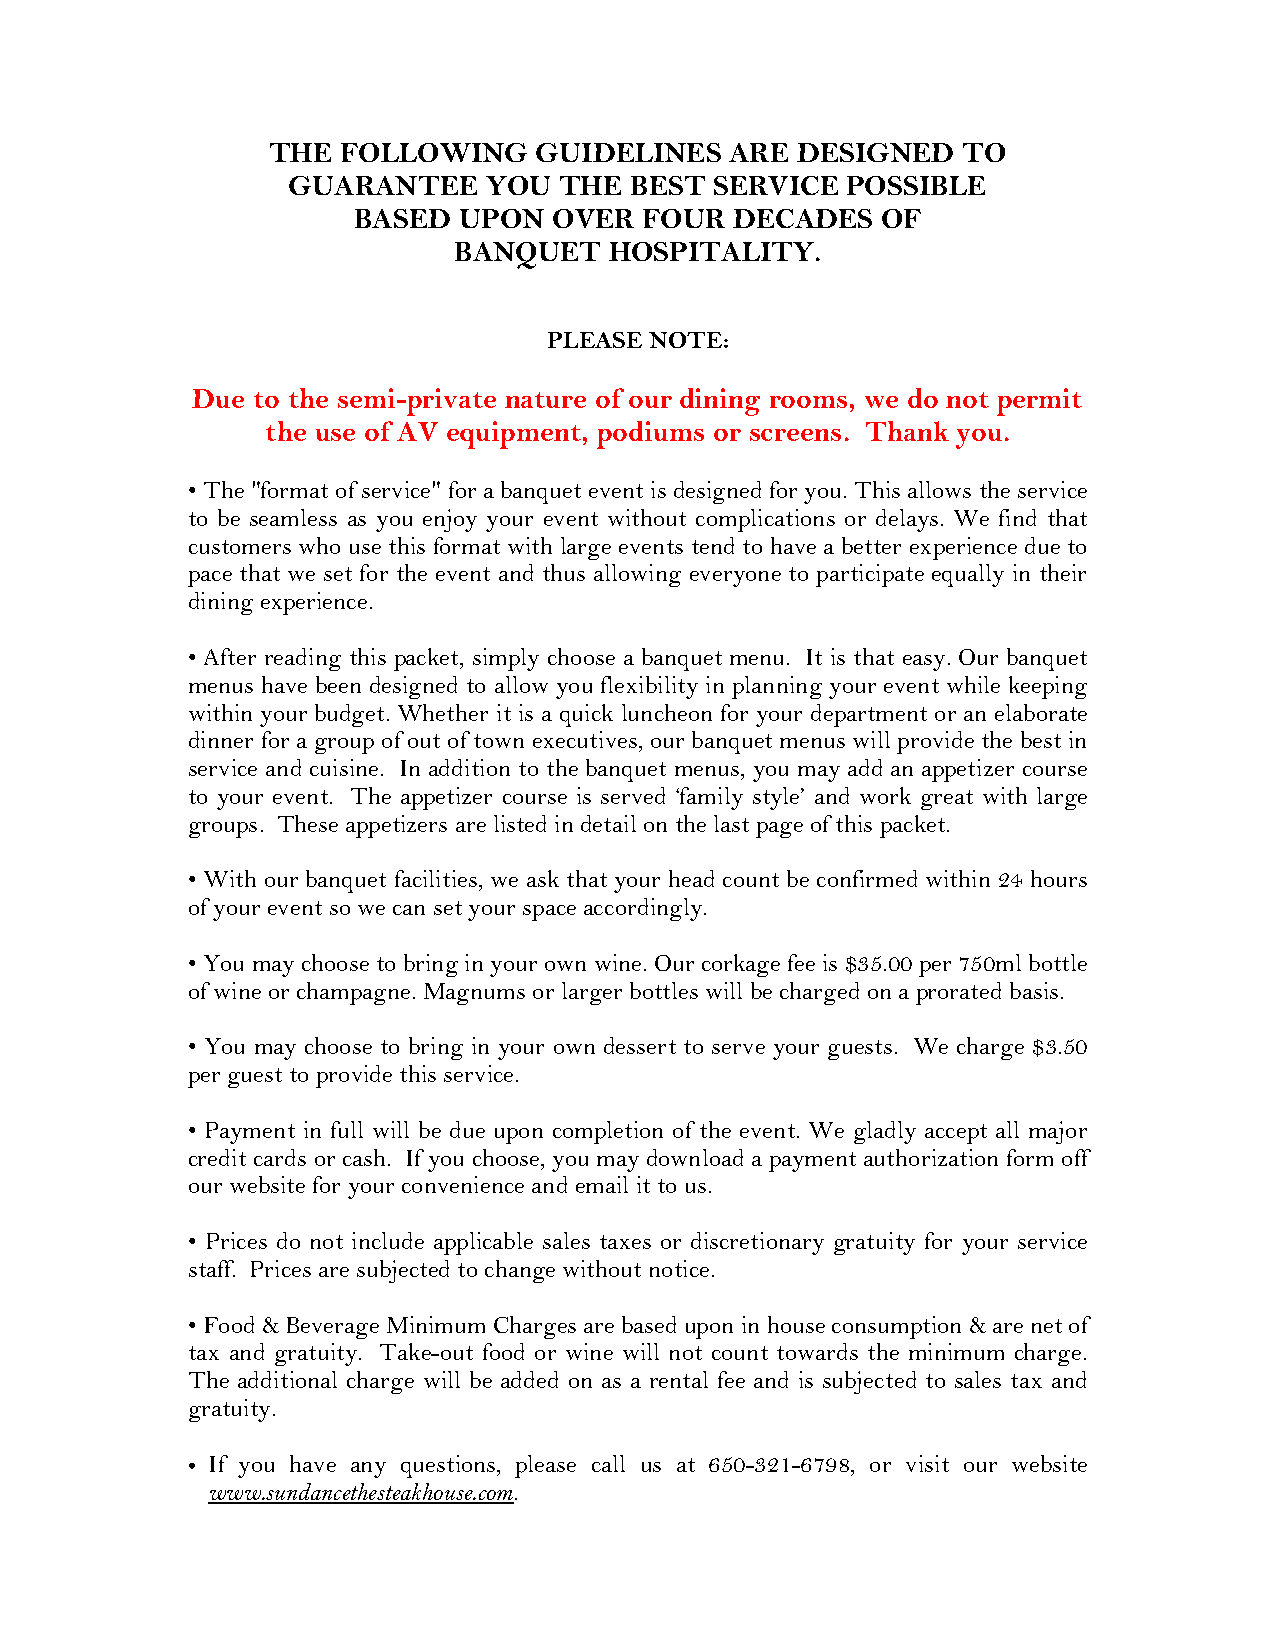
THE  FOLLOWING   GUIDELINES   ARE  DESIGNED   TO
 GUARANTEE    YOU  THE  BEST SERVICE  POSSIBLE
 BASED  UPON   OVER  FOUR  DECADES  OF
 BANQUET   HOSPITALITY.
 PLEASE NOTE:
 Due to the semi-private nature of our dining rooms, we do not permit
 the use of AV equipment, podiums or screens. Thank you.
 • The "format of service" for a banquet event is designed for you. This allows the service
 to be seamless as you enjoy your event without complications or delays. We find that
 customers who use this format with large events tend to have a better experience due to
 pace that we set for the event and thus allowing everyone to participate equally in their
 dining experience.
 • After reading this packet, simply choose a banquet menu. It is that easy. Our banquet
 menus have been designed to allow you flexibility in planning your event while keeping
 within your budget. Whether it is a quick luncheon for your department or an elaborate
 dinner for a group of out of town executives, our banquet menus will provide the best in
 service and cuisine. In addition to the banquet menus, you may add an appetizer course
 to your event. The appetizer course is served ‘family style’ and work great with large
 groups. These appetizers are listed in detail on the last page of this packet.
 • With our banquet facilities, we ask that your head count be confirmed within 24 hours
 of your event so we can set your space accordingly.
 • You may choose to bring in your own wine. Our corkage fee is $35.00 per 750ml bottle
 of wine or champagne. Magnums or larger bottles will be charged on a prorated basis.
 • You may choose to bring in your own dessert to serve your guests. We charge $3.50
 per guest to provide this service.
 • Payment in full will be due upon completion of the event. We gladly accept all major
 credit cards or cash. If you choose, you may download a payment authorization form off
 our website for your convenience and email it to us.
 • Prices do not include applicable sales taxes or discretionary gratuity for your service
 staff. Prices are subjected to change without notice.
 • Food & Beverage Minimum Charges are based upon in house consumption & are net of
 tax and gratuity. Take-out food or wine will not count towards the minimum charge.
 The additional charge will be added on as a rental fee and is subjected to sales tax and
 gratuity.
 • If you have any questions, please call us at 650-321-6798, or visit our website
 www.sundancethesteakhouse.com.